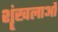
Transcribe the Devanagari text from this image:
शॄंखलाओं